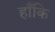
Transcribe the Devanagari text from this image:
हाँकि